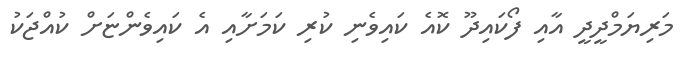
މަރިޔަމްދީދީ އާއި ފޯކައިދޫ ކޮއެ ކައިވެނި ކުރި ކަމަށާއި އެ ކައިވެންޏަށް ކުއްޖަކު